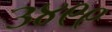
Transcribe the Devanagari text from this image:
३४९९